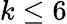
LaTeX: k\leq 6